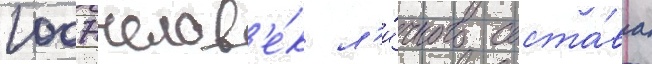
1007 челов'е́к л'и́чного соста́ва